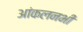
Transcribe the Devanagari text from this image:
आंकलनभी